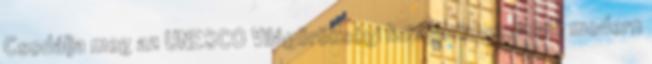
Csodálja meg az UNESCO Világörökségi listáján is szereplő modern